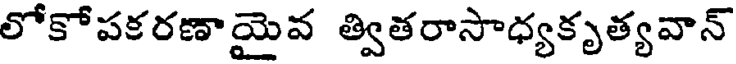
లోకోపకరణాయైవ త్వితరాసాధ్యకృత్యవాన్